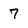
Character: 7